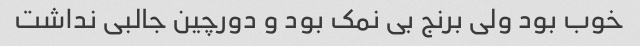
خوب بود ولی برنج بی نمک بود و دورچین جالبی نداشت